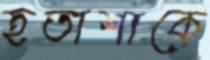
হতাশাকে